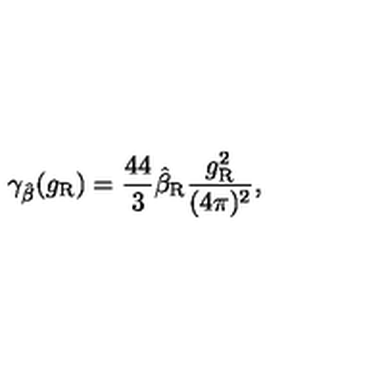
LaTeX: \gamma _ { \hat { \beta } } ( g _ { \mathrm { R } } ) = \frac { 4 4 } 3 \hat { \beta } _ { \mathrm { R } } \frac { g _ { \mathrm { R } } ^ { 2 } } { ( 4 \pi ) ^ { 2 } } ,